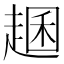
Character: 𧼐